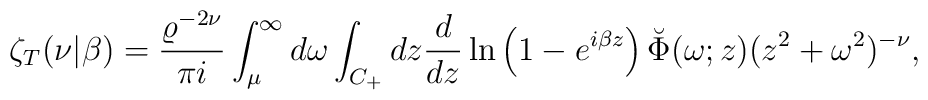
\zeta_T(\nu|\beta)={\varrho^{-2\nu} \over  \pi i}\int_{\mu}^{\infty} d\omega \int_{C_+} dz {d \over dz}\ln\left(1-e^{i\beta z}\right)\breve{\Phi}(\omega;z)(z^2+\omega^2)^{-\nu},